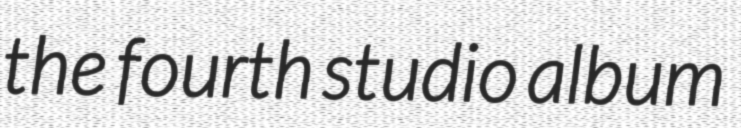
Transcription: the fourth studio album